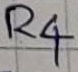
Text: R4